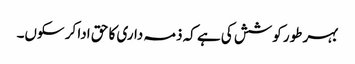
بہر طور کوشش کی ہے کہ ذمہ داری کا حق ادا کر سکوں۔